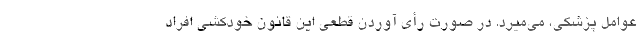
عوامل پزشکی، می‌میرد. در صورت رأی آوردن قطعی این قانون خودکشی افراد